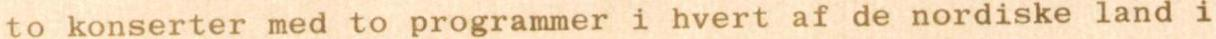
to konserter med to programmer i hvert af de nordiske land i